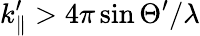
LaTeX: k_{\parallel}^{\prime}>4\pi\sin\Theta^{\prime}/\lambda